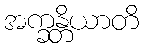
အက္ခန္တိယာတိ